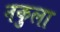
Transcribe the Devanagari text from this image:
नकुला